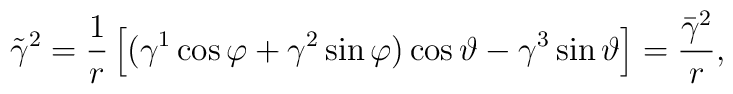
\tilde \gamma ^2=\frac 1r\left[ (\gamma ^1\cos \varphi +\gamma^2\sin \varphi )\cos \vartheta -\gamma ^3\sin \vartheta \right] =\frac{\bar\gamma ^2}r,\quad